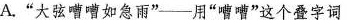
A.”大弦嘈嘈如急雨”--用”嘈嘈”这个叠字词